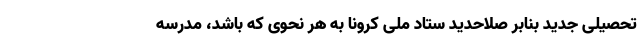
تحصیلی جدید بنابر صلاحدید ستاد ملی کرونا به هر نحوی که باشد، مدرسه